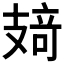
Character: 𰕂